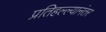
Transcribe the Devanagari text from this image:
प्रतिहल्ल्यानंतर